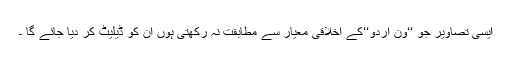
ایسی تصاویر جو ‘‘ون اردو‘‘کے اخلاقی معیار سے مطابقت نہ رکھتی ہوں ان کو ڈیلیٹ کر دیا جائے گا ۔